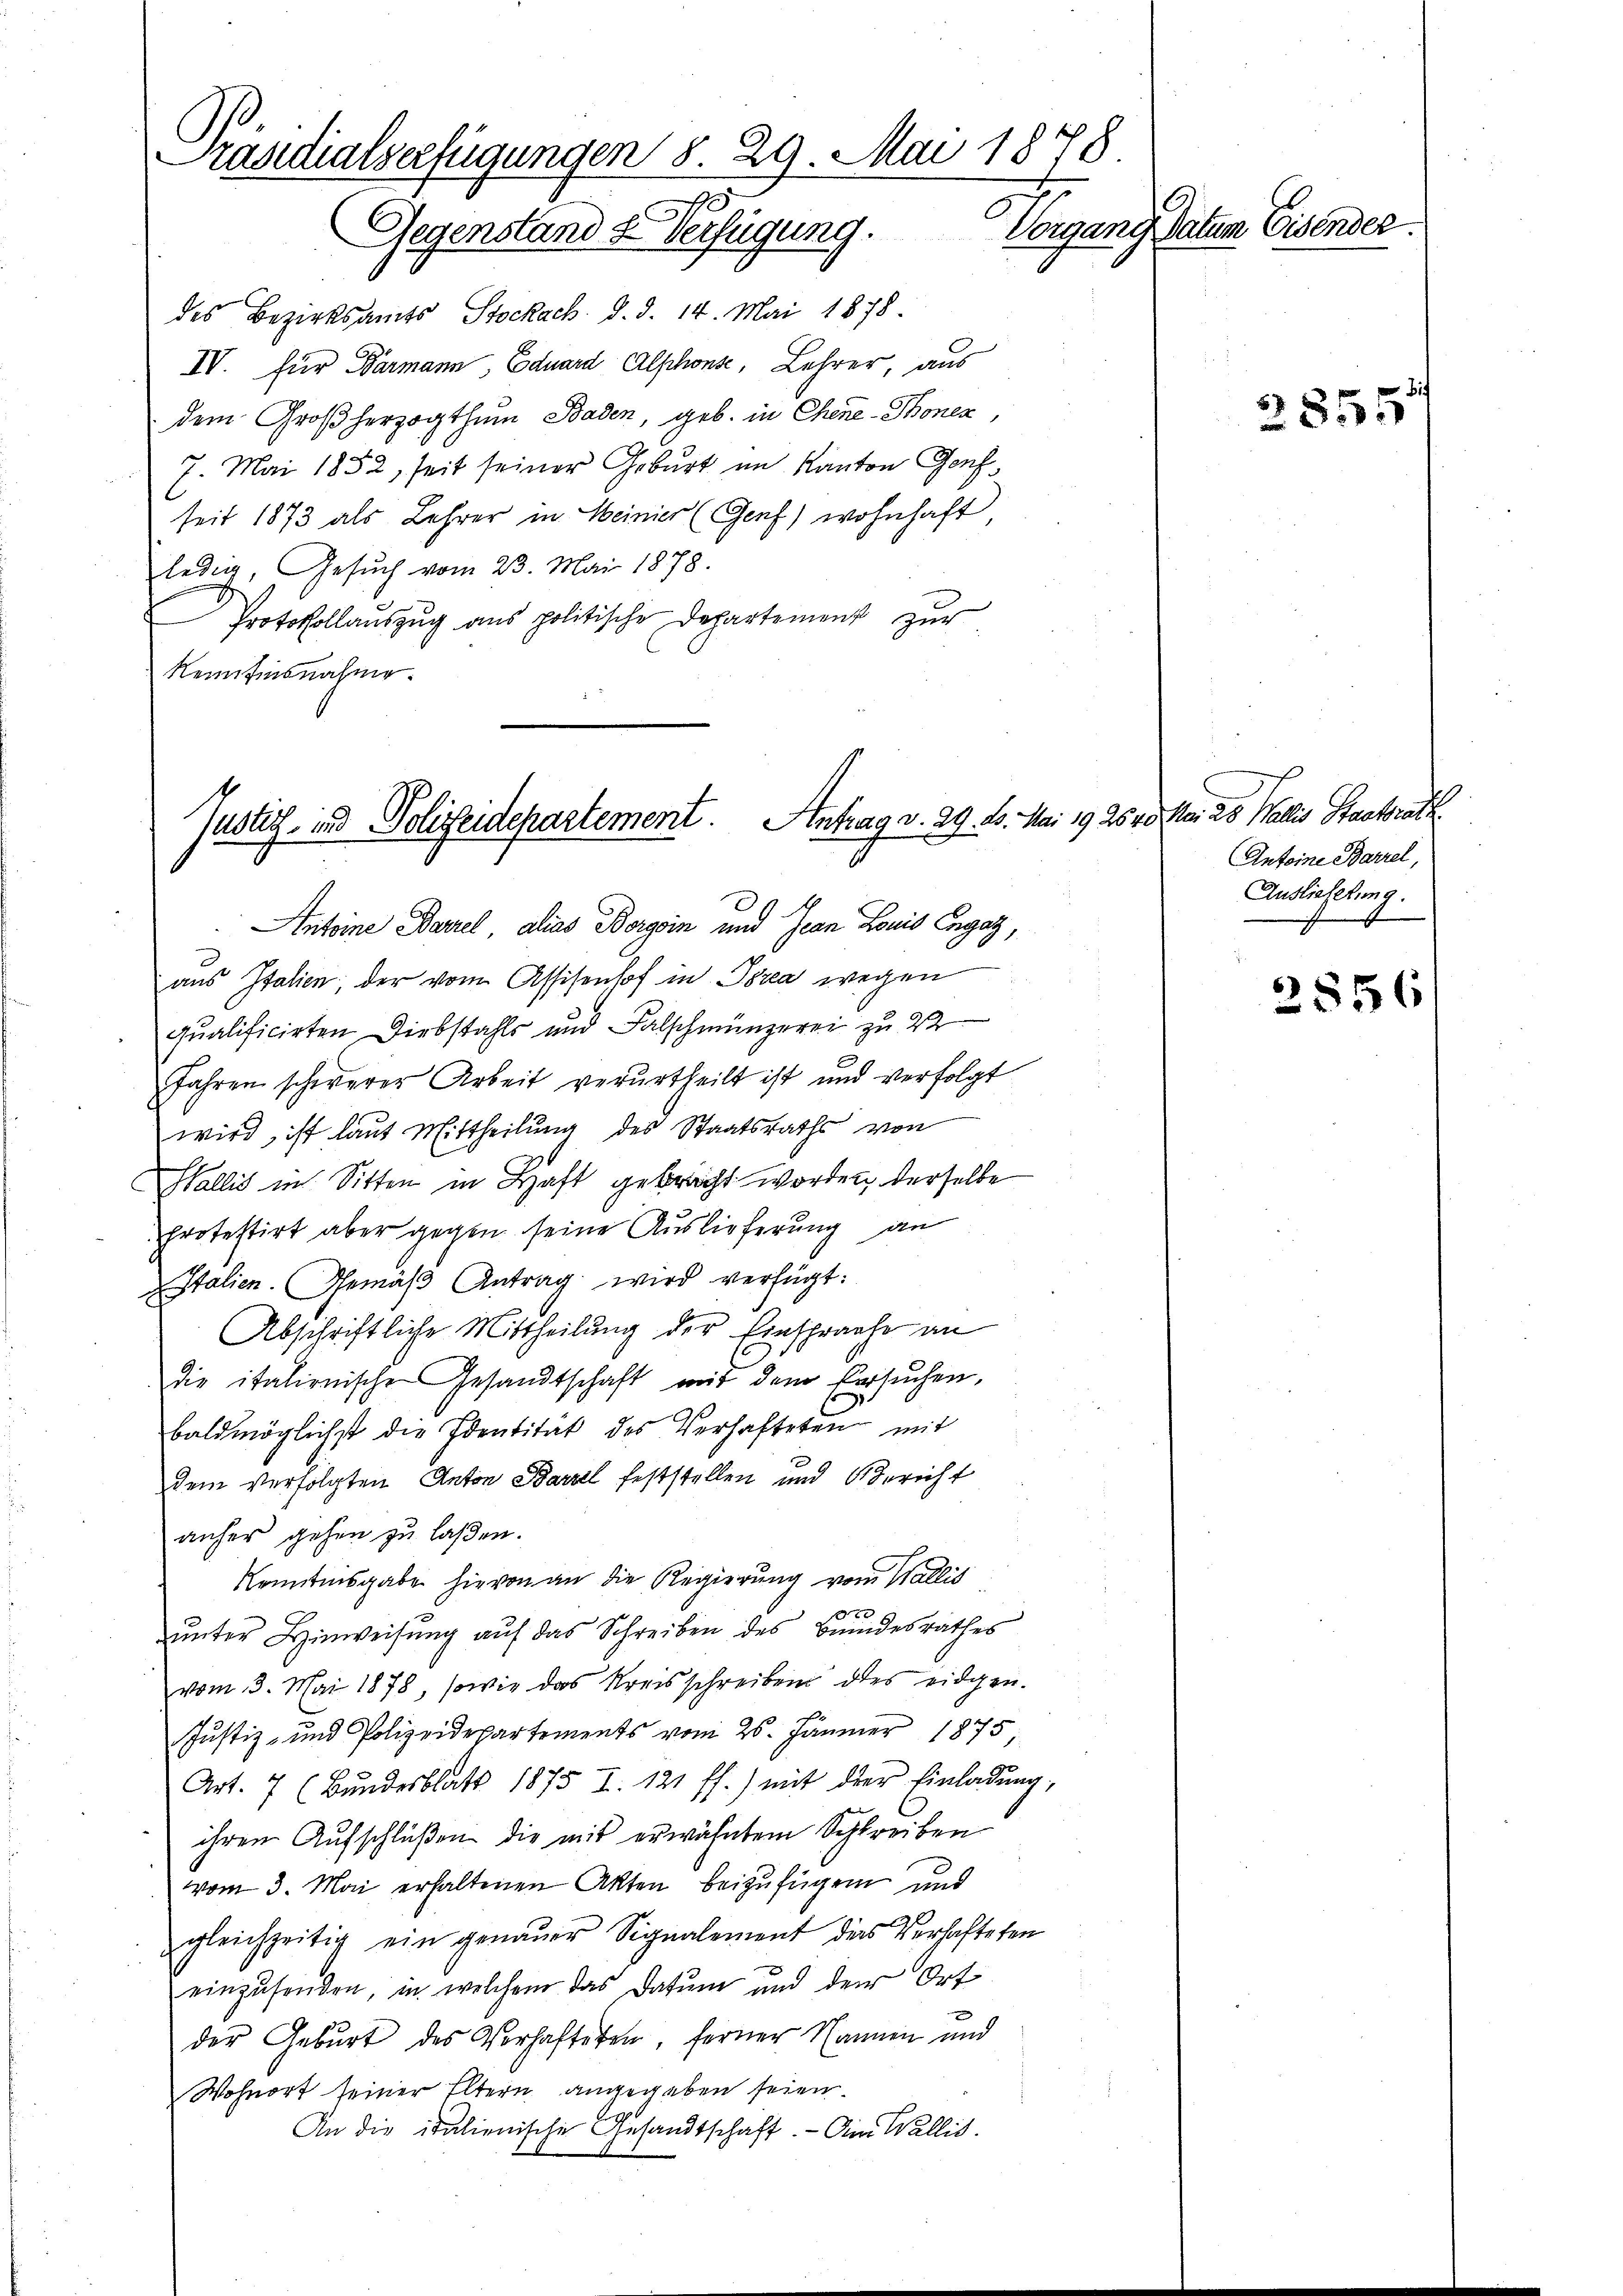
Präsidialverfügungen 8. 29. Mai 1878.
Vorgang datum Eisender
Gegenstand & Verfügung.

des Bezirksamts Stockach. d. d. 14. Mai 1878.
IV. Für Barmann, Eduard Alphons, Lehrer, aus
dem Großherzogthum Baden, geb. in Chine-Thonen
7. Mai 1852, seit seiner Geburt im Kanton Genf,
seit 1873 als Lehrer in Meiner (Genf) wohnhaft,
ledig, Gesŭch vom 23. Mai 1878.
f
Protokollauszug aus politische Departement zur
Reinfinsnahme.

Antoine Barzel alias Bergsin und Jean Louis Engag,
aus Italien; der vom Assisenhof in Ibra wegen
qualificirten Diebstahls und Falschmünzerei zu 2
Jahren schwerer Arbeit verurtheilt ist und verfolgt
wird, ist laut Mittheilung des Staatsraths von
Wallis in Sitten in Haft gebracht worden, derselbe
protestirt aber gegen seine Auslieferung an
Italien. Gemäß Antrag wird verfügt:
Abschriftliche Mittheilung der Einsprache an
die italienischen Gesandtschaft mit dem Ersuchen,
baldmöglichst die Identitat des Verhafteten mit
dem verfolgten Anton Barzel feststellen und Bericht
anher gehen zu laßen.
Kenntnisgabe hievon an die Regierung vom Wallis
r
unter Hinweisung auf das Schreiben des Bundesrathes
vom 3. Mai 1878, sowie das Kreisschreiben des eidgen.
Justiz- und Polizeidepartements vom 25. Jänner 1875
Art. 7 (Bundesblatt 1875 I. 121 ff.) mit der Einladung,
ihren Aufschlüßen die mit erwähntem Schreiben
vom 3. Mai erhaltenen Akten beizufügen und
gleichzeitig ein genauer Signalement das Verhafteten
einzusenden, in welchem das Datum und der Ort
e
der Geburt des Verhafteten, ferner Namen und
Wohnort seiner Eltern angegeben seien.
An die italienische Gesandtschaft. - Am Wallis.

Justiz- und Polizeidepartement. Antrag v. 29. 10. Mai 192640

2855

Moi as Pallis Staatsrath
Antoine Barzel,
Auslichtung.

2856